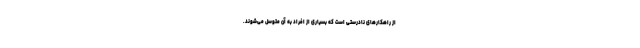
از راهکار‌های نادرستی است که بسیاری از افراد به آن متوسل می‌شوند.